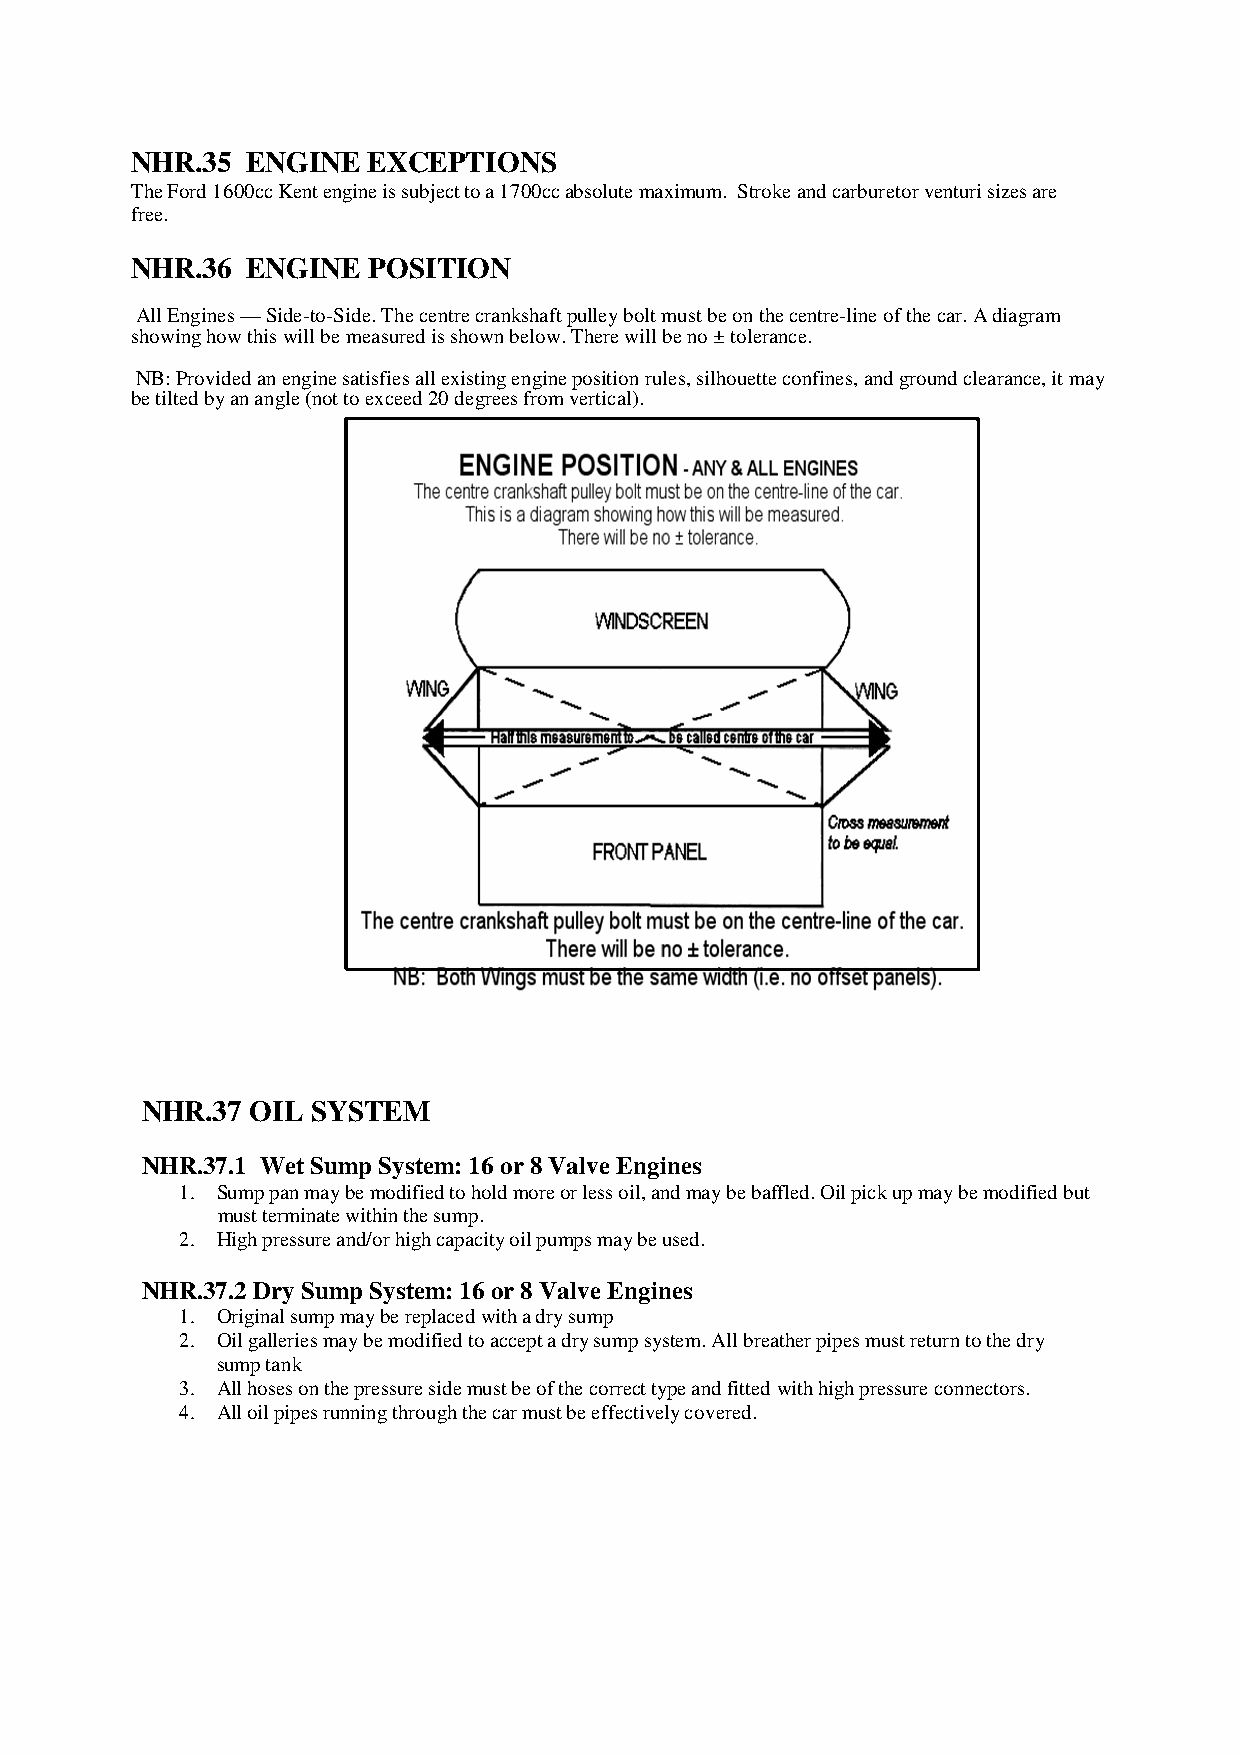
NHR.35 ENGINE  EXCEPTIONS
 The Ford 1600cc Kent engine is subject to a 1700cc absolute maximum. Stroke and carburetor venturi sizes are
 free.
 NHR.36 ENGINE  POSITION
 All Engines — Side-to-Side. The centre crankshaft pulley bolt must be on the centre-line of the car. A diagram
 showing how this will be measured is shown below. There will be no ± tolerance.
 NB: Provided an engine satisfies all existing engine position rules, silhouette confines, and ground clearance, it may
 be tilted by an angle (not to exceed 20 degrees from vertical).
 NHR.37  OIL SYSTEM
 NHR.37.1 Wet Sump System: 16 or 8 Valve Engines
 1. Sump pan may be modified to hold more or less oil, and may be baffled. Oil pick up may be modified but
 must terminate within the sump.
 2. High pressure and/or high capacity oil pumps may be used.
 NHR.37.2 Dry Sump System: 16 or 8 Valve Engines
 1. Original sump may be replaced with a dry sump
 2. Oil galleries may be modified to accept a dry sump system. All breather pipes must return to the dry
 sump tank
 3. All hoses on the pressure side must be of the correct type and fitted with high pressure connectors.
 4. All oil pipes running through the car must be effectively covered.